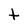
Character: t